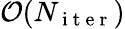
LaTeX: \mathcal{O}(N_{\mathrm{~i~t~e~r~}})